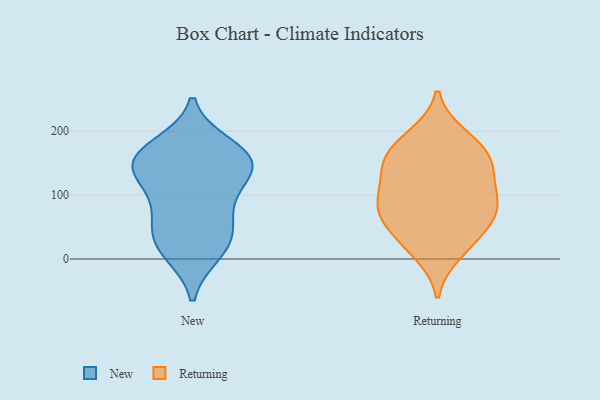
{"axis": {"x": "Inventory Turnover", "y": "Value"}, "legend": ["New", "Returning"], "data": [{"x": "", "y": 161, "type": "New"}, {"x": "", "y": 176, "type": "New"}, {"x": "", "y": 137, "type": "New"}, {"x": "", "y": 44, "type": "New"}, {"x": "", "y": 154, "type": "New"}, {"x": "", "y": 94, "type": "New"}, {"x": "", "y": 76, "type": "New"}, {"x": "", "y": 154, "type": "New"}, {"x": "", "y": 17, "type": "New"}, {"x": "", "y": 11, "type": "New"}, {"x": "", "y": 37, "type": "New"}, {"x": "", "y": 155, "type": "New"}, {"x": "", "y": 129, "type": "New"}, {"x": "", "y": 83, "type": "Returning"}, {"x": "", "y": 180, "type": "Returning"}, {"x": "", "y": 154, "type": "Returning"}, {"x": "", "y": 10, "type": "Returning"}, {"x": "", "y": 73, "type": "Returning"}, {"x": "", "y": 192, "type": "Returning"}, {"x": "", "y": 168, "type": "Returning"}, {"x": "", "y": 65, "type": "Returning"}, {"x": "", "y": 137, "type": "Returning"}, {"x": "", "y": 120, "type": "Returning"}, {"x": "", "y": 87, "type": "Returning"}, {"x": "", "y": 44, "type": "Returning"}, {"x": "", "y": 144, "type": "Returning"}, {"x": "", "y": 24, "type": "Returning"}, {"x": "", "y": 88, "type": "Returning"}]}